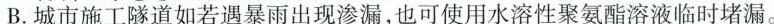
B.城市施工隧道如若遇暴雨出现渗漏，也可使用水溶性聚氨酯溶液临时堵漏。